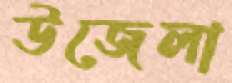
উজেলা